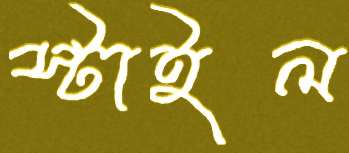
স্টাইল